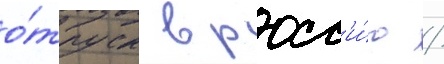
о́тпуск в росс'и́ю /